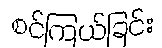
စင်ကြယ်ခြင်း